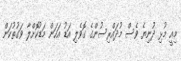
މިއީ މުޅި ދުނިޔެ ވެސް މުދައްރިސުންގެ ގޮވެލި އަޑު އަހަން މަޑުކޮށްލާ ވަގުތުކަން